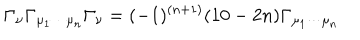
\Gamma _ { \nu } \Gamma _ { \mu _ { 1 } \cdots \mu _ { n } } \Gamma _ { \nu } = ( - 1 ) ^ { ( n + 1 ) } ( 1 0 - 2 n ) \Gamma _ { \mu _ { 1 } \cdots \mu _ { n } }